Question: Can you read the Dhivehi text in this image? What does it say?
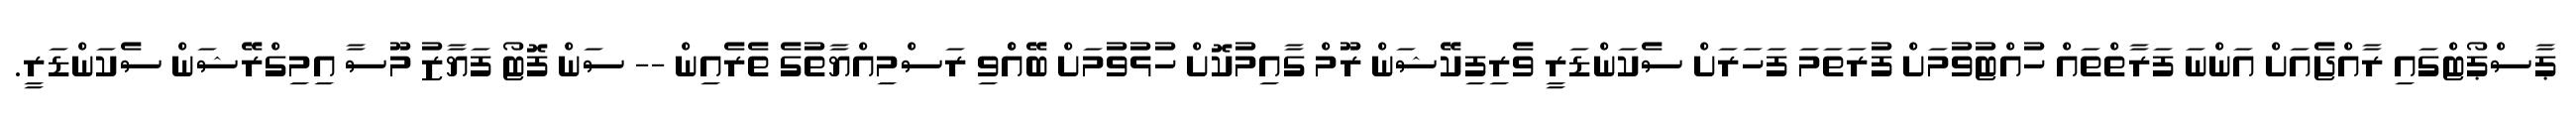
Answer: ޕާސްޕޯޓްގައި ރާއްޖެއަށް އަންނަ ފަރާތްތައް ހުއްޓުވުމަށް ފުރަތަމަ ފަހަރަށް ސެކަންޑަރީ ވެރިފިކޭޝަން ރޫމް ގާއިމުކޮށް ހުޅުވުމަށް ބޭއްްވި ރަސްމިއްޔާތުގެ ތެރެއިން -- ސަން ފޮޓޯ ފަޔާޒު މޫސާ އިމިގްރޭޝަން ސެކަންޑަރީ.